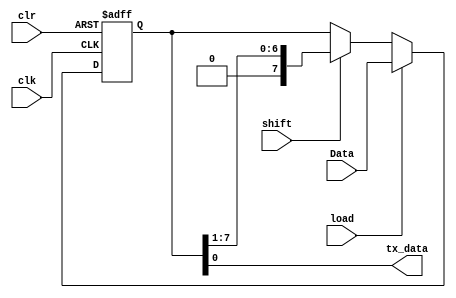
module shift_reg (
    input wire clk,
    input wire clr,
    input wire load, shift,
    input wire [7:0] Data,
    output reg tx_data
);

    reg [7:0] shr; // Register to hold the data bits

    // Output assignment
    assign tx_data = shr[0];  // Output the LSB of the shift register

    always @(posedge clk or negedge clr) begin
        if (~clr)  // Asynchronous clear
            shr <= 8'b0;  // Reset shift register to 0 when clr is low
        else if (load)  // Load data into the shift register
            shr <= #1 Data;  // Load Data into shr with 1ns delay
        else if (shift)  // Shift right operation
            shr <= #1 {1'b0, shr[7:1]};  // Shift shr right by one bit, fill MSB with 0
    end

endmodule